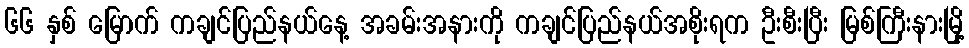
၆၆ နှစ် မြောက် ကချင်ပြည်နယ်နေ့ အခမ်းအနားကို ကချင်ပြည်နယ်အစိုးရက ဦးစီးပြီး မြစ်ကြီးနားမြို့